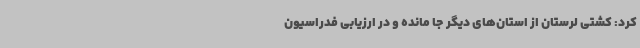
کرد: کشتی لرستان از استان‌های دیگر جا مانده و در ارزیابی فدراسیون